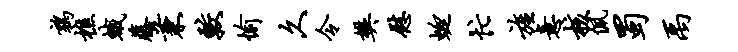
鹑樵蛾藤兼较愉久令樊慰蜓忙旌意核佩蜀禹